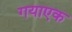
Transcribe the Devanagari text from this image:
गयाएक